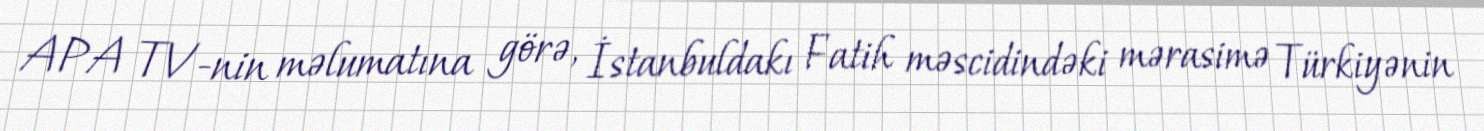
APA TV-nin məlumatına görə, İstanbuldakı Fatih məscidindəki mərasimə Türkiyənin